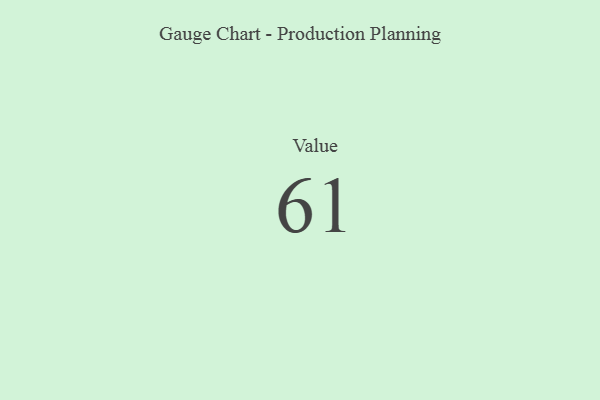
{"axis": {"x": "Metric", "y": "Value"}, "legend": [""], "data": [{"x": "Value", "y": 61, "type": ""}]}